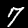
Label: 7